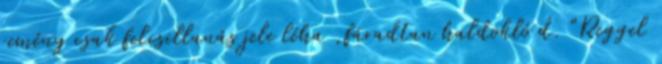
remény csak felcsillanás jele léha ,fáradtan haldokló d. "Reggel